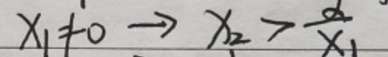
$x_{1}\neq 0\to x_{2}>\frac {a}{x_{1}}$